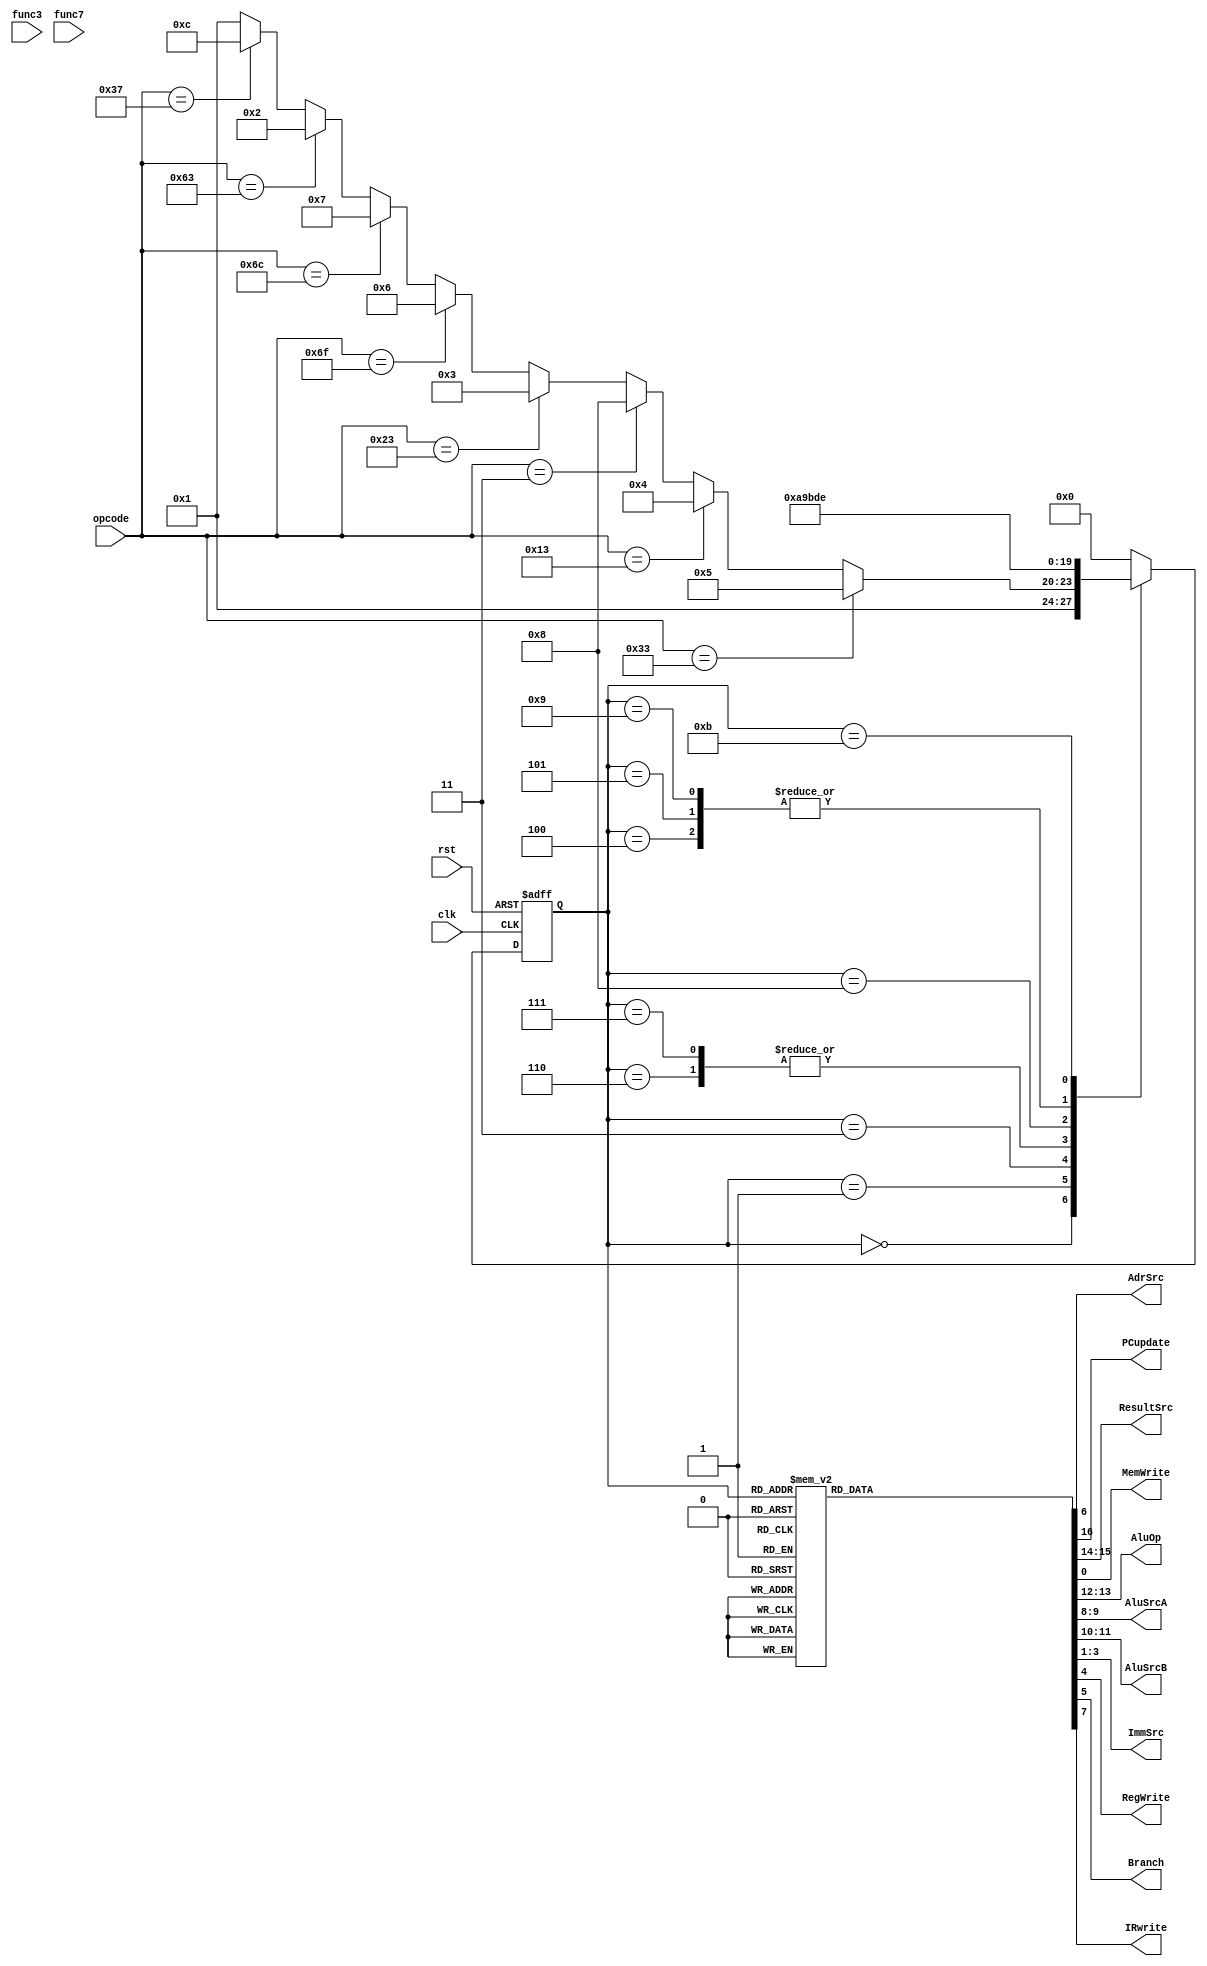
`define IF 4'd0
`define ID 4'd1
`define EX1 4'd2
`define EX2 4'd3
`define EX3 4'd4
`define EX4 4'd5
`define EX5 4'd6
`define EX6 4'd7
`define EX7 4'd8
`define EX8 4'd9
`define Mem1 4'd10
`define Mem2 4'd11
`define Mem3 4'd12
`define Mem4 4'd13
`define WB 4'd14

`define R_T 7'd51
`define I_T 7'd19
`define lw 7'd3
`define S_T 7'd35
`define J_T 7'd111
`define Jalr 7'd108
`define B_T 7'd99
`define U_T 7'd55

module Controller(clk, rst, opcode ,  func3 , func7 , AdrSrc, PCupdate,
	 ResultSrc, MemWrite , AluOp , AluSrcA, AluSrcB , ImmSrc , RegWrite, Branch, IRwrite);

	input clk, rst;
	input[6:0] opcode; 
	input[2:0] func3;
	input[6:0] func7;
	output reg AdrSrc, PCupdate, MemWrite;
	output reg [1:0] AluOp, ResultSrc;
	output reg [1:0] AluSrcA, AluSrcB;
	output reg[2:0] ImmSrc;
	output reg RegWrite, Branch, IRwrite;

	reg [3:0] ps, ns;
		

	always @(posedge clk, posedge rst)
		if (rst)
			ps <= `IF;
		else
			ps <= ns;
	
	always @(ps, opcode ,  func3 , func7)begin
		ns = `IF;
		case(ps)
		`IF: ns = `ID;
		`ID: ns = (opcode == `R_T) ? `EX4 :
			(opcode == `I_T) ? `EX3 :
			(opcode == `lw) ? `EX7 :
			(opcode == `S_T) ? `EX2 :
			(opcode == `J_T) ? `EX5 :
			(opcode == `Jalr) ? `EX6 :
			(opcode == `B_T) ? `EX1 :
			(opcode == `U_T) ? `Mem3 : `ID;
		`EX1: ns = `IF;
		`EX2: ns = `Mem1;
		`EX3: ns = `Mem4;
		`EX4: ns = `Mem4;
		`EX5: ns = `EX8;
		`EX6: ns = `EX8;
		`EX7: ns = `Mem2;
		`EX8: ns = `Mem4;
		`Mem1: ns = `IF;
		`Mem2: ns = `WB;
		`Mem3: ns = `IF;
		`Mem4: ns = `IF;
		`WB: ns = `IF;
		default: ns = `IF;
		endcase
	end


	always@(ps)begin
		{AdrSrc, PCupdate, ResultSrc, MemWrite} = 3'b000;
		AluOp = 2'b00;
		{AluSrcA, AluSrcB} = 2'b00;
		ImmSrc = 3'b000;
		{RegWrite, Branch, IRwrite} = 3'b000;
		case(ps)
		`IF: begin
			AdrSrc = 0;
			IRwrite = 1;
			AluSrcA = 00;
			AluSrcB = 10;
			AluOp = 00;
			ResultSrc = 10;
			PCupdate = 1;
		end
		`ID: begin
			AluSrcA = 01;
			AluSrcB = 01;
			AluOp = 00;
			ImmSrc = 010;
		end
		`EX1: begin
			AluSrcA = 10;
			AluSrcB = 00;
			AluOp = 01;
			ResultSrc = 0;
			Branch = 1;
		end
		`EX2: begin
			ImmSrc = 001;
			AluSrcA = 10;
			AluSrcB = 01;
			AluOp = 00;
		end
		`EX3: begin
			AluSrcA = 10;
			AluSrcB = 01;
			AluOp = 10;
			ImmSrc = 00;
		end
		`EX4: begin
			AluSrcA = 10;
			AluSrcB = 00;
			AluOp = 10;
		end
		`EX5: begin
			AluSrcA = 01;
			AluSrcB = 01;
			AluOp = 00;
			ImmSrc = 011;
		end
		`EX6: begin
			AluSrcA = 10;
			AluSrcB = 01;
			AluOp = 00;
			ImmSrc = 000;
		end
		`EX7: begin
			ImmSrc = 000;
			AluSrcA = 10;
			AluSrcB = 01;
			AluOp = 01;
		end
		`EX8: begin
			AluSrcA = 01;
			AluSrcB = 10;
			AluOp = 00;
			ResultSrc = 00;
			PCupdate = 1;
		end
		`Mem1: begin
			ResultSrc = 00;
			AdrSrc = 1;
			MemWrite = 1;
		end
		`Mem2: begin
			ResultSrc = 00;
			AdrSrc = 1;
		end
		`Mem3: begin
			ImmSrc = 100;
			ResultSrc = 11;
			RegWrite = 1;
		end
		`Mem4: begin
			ResultSrc = 00;
			RegWrite = 1;
		end
		`WB: begin
			ResultSrc = 01;
			RegWrite = 1;
		end
		default: begin
			{AdrSrc, ResultSrc, MemWrite} = 3'b000;
			AluOp = 2'b00;
			{AluSrcA, AluSrcB} = 2'b00;
			ImmSrc = 3'b000;
			{RegWrite, Branch, IRwrite} = 3'b000;
		end
		endcase	
	end

endmodule